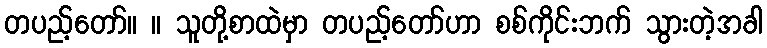
တပည့်တော်။ ။ သူတို့စာထဲမှာ တပည့်တော်ဟာ စစ်ကိုင်းဘက် သွားတဲ့အခါ